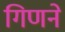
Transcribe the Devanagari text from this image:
गिणने